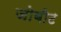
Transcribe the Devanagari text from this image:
जोबीट